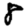
Digit: 8